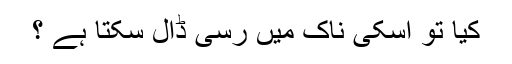
کیا تو اسکی ناک میں رسی ڈال سکتا ہے ؟